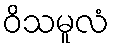
ဝိသမူလံ